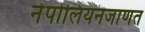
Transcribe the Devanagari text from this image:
नेपोलियनजाणत